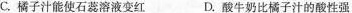
C.橘子汁能使石蕊溶液变红 D.酸牛奶比橘子汁的酸性强